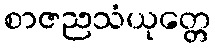
စာဇညသံယုတ္တေ